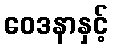
ဝေဒနာနှင့်